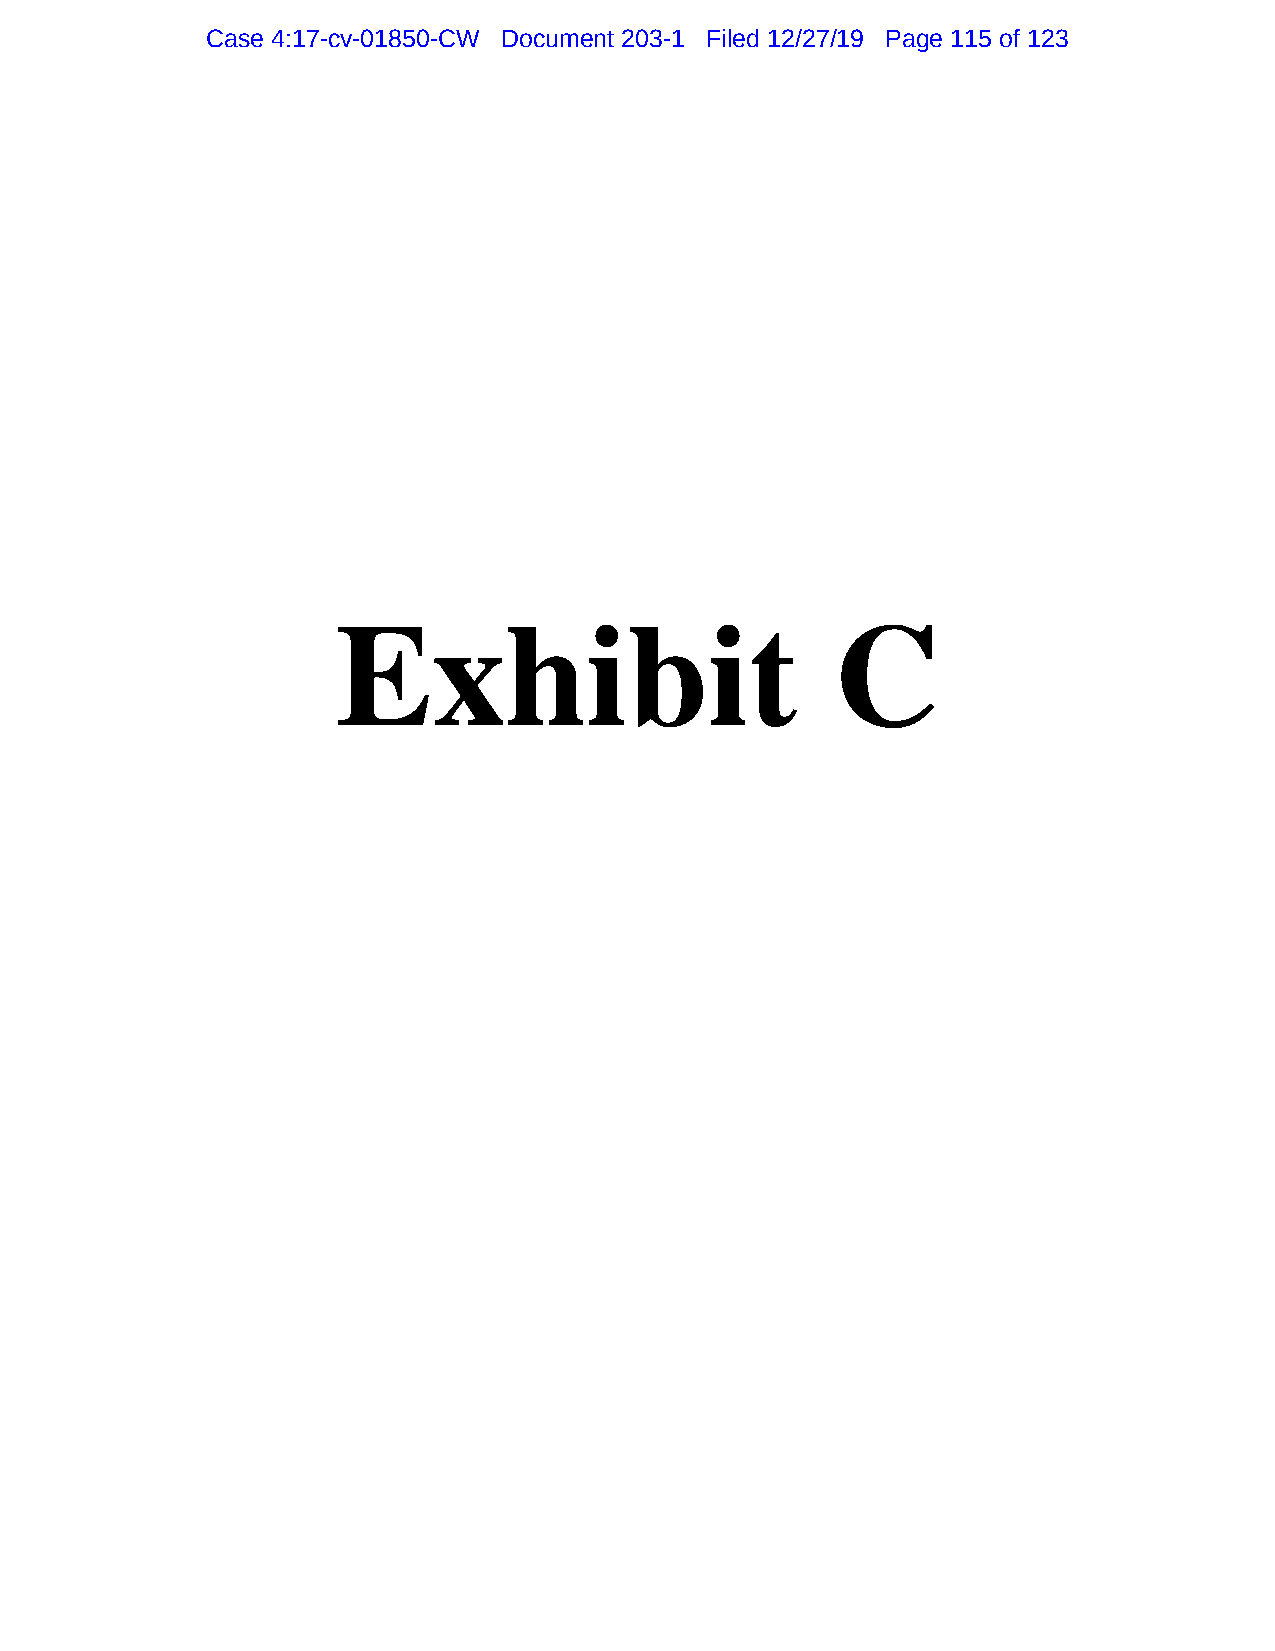
Case 4:17-cv-01850-CW Document 203-1 Filed 12/27/19 Page 115 of 123
 Exhibit                          C